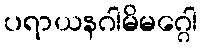
ပရာယနဂါမိမဂ္ဂေါ